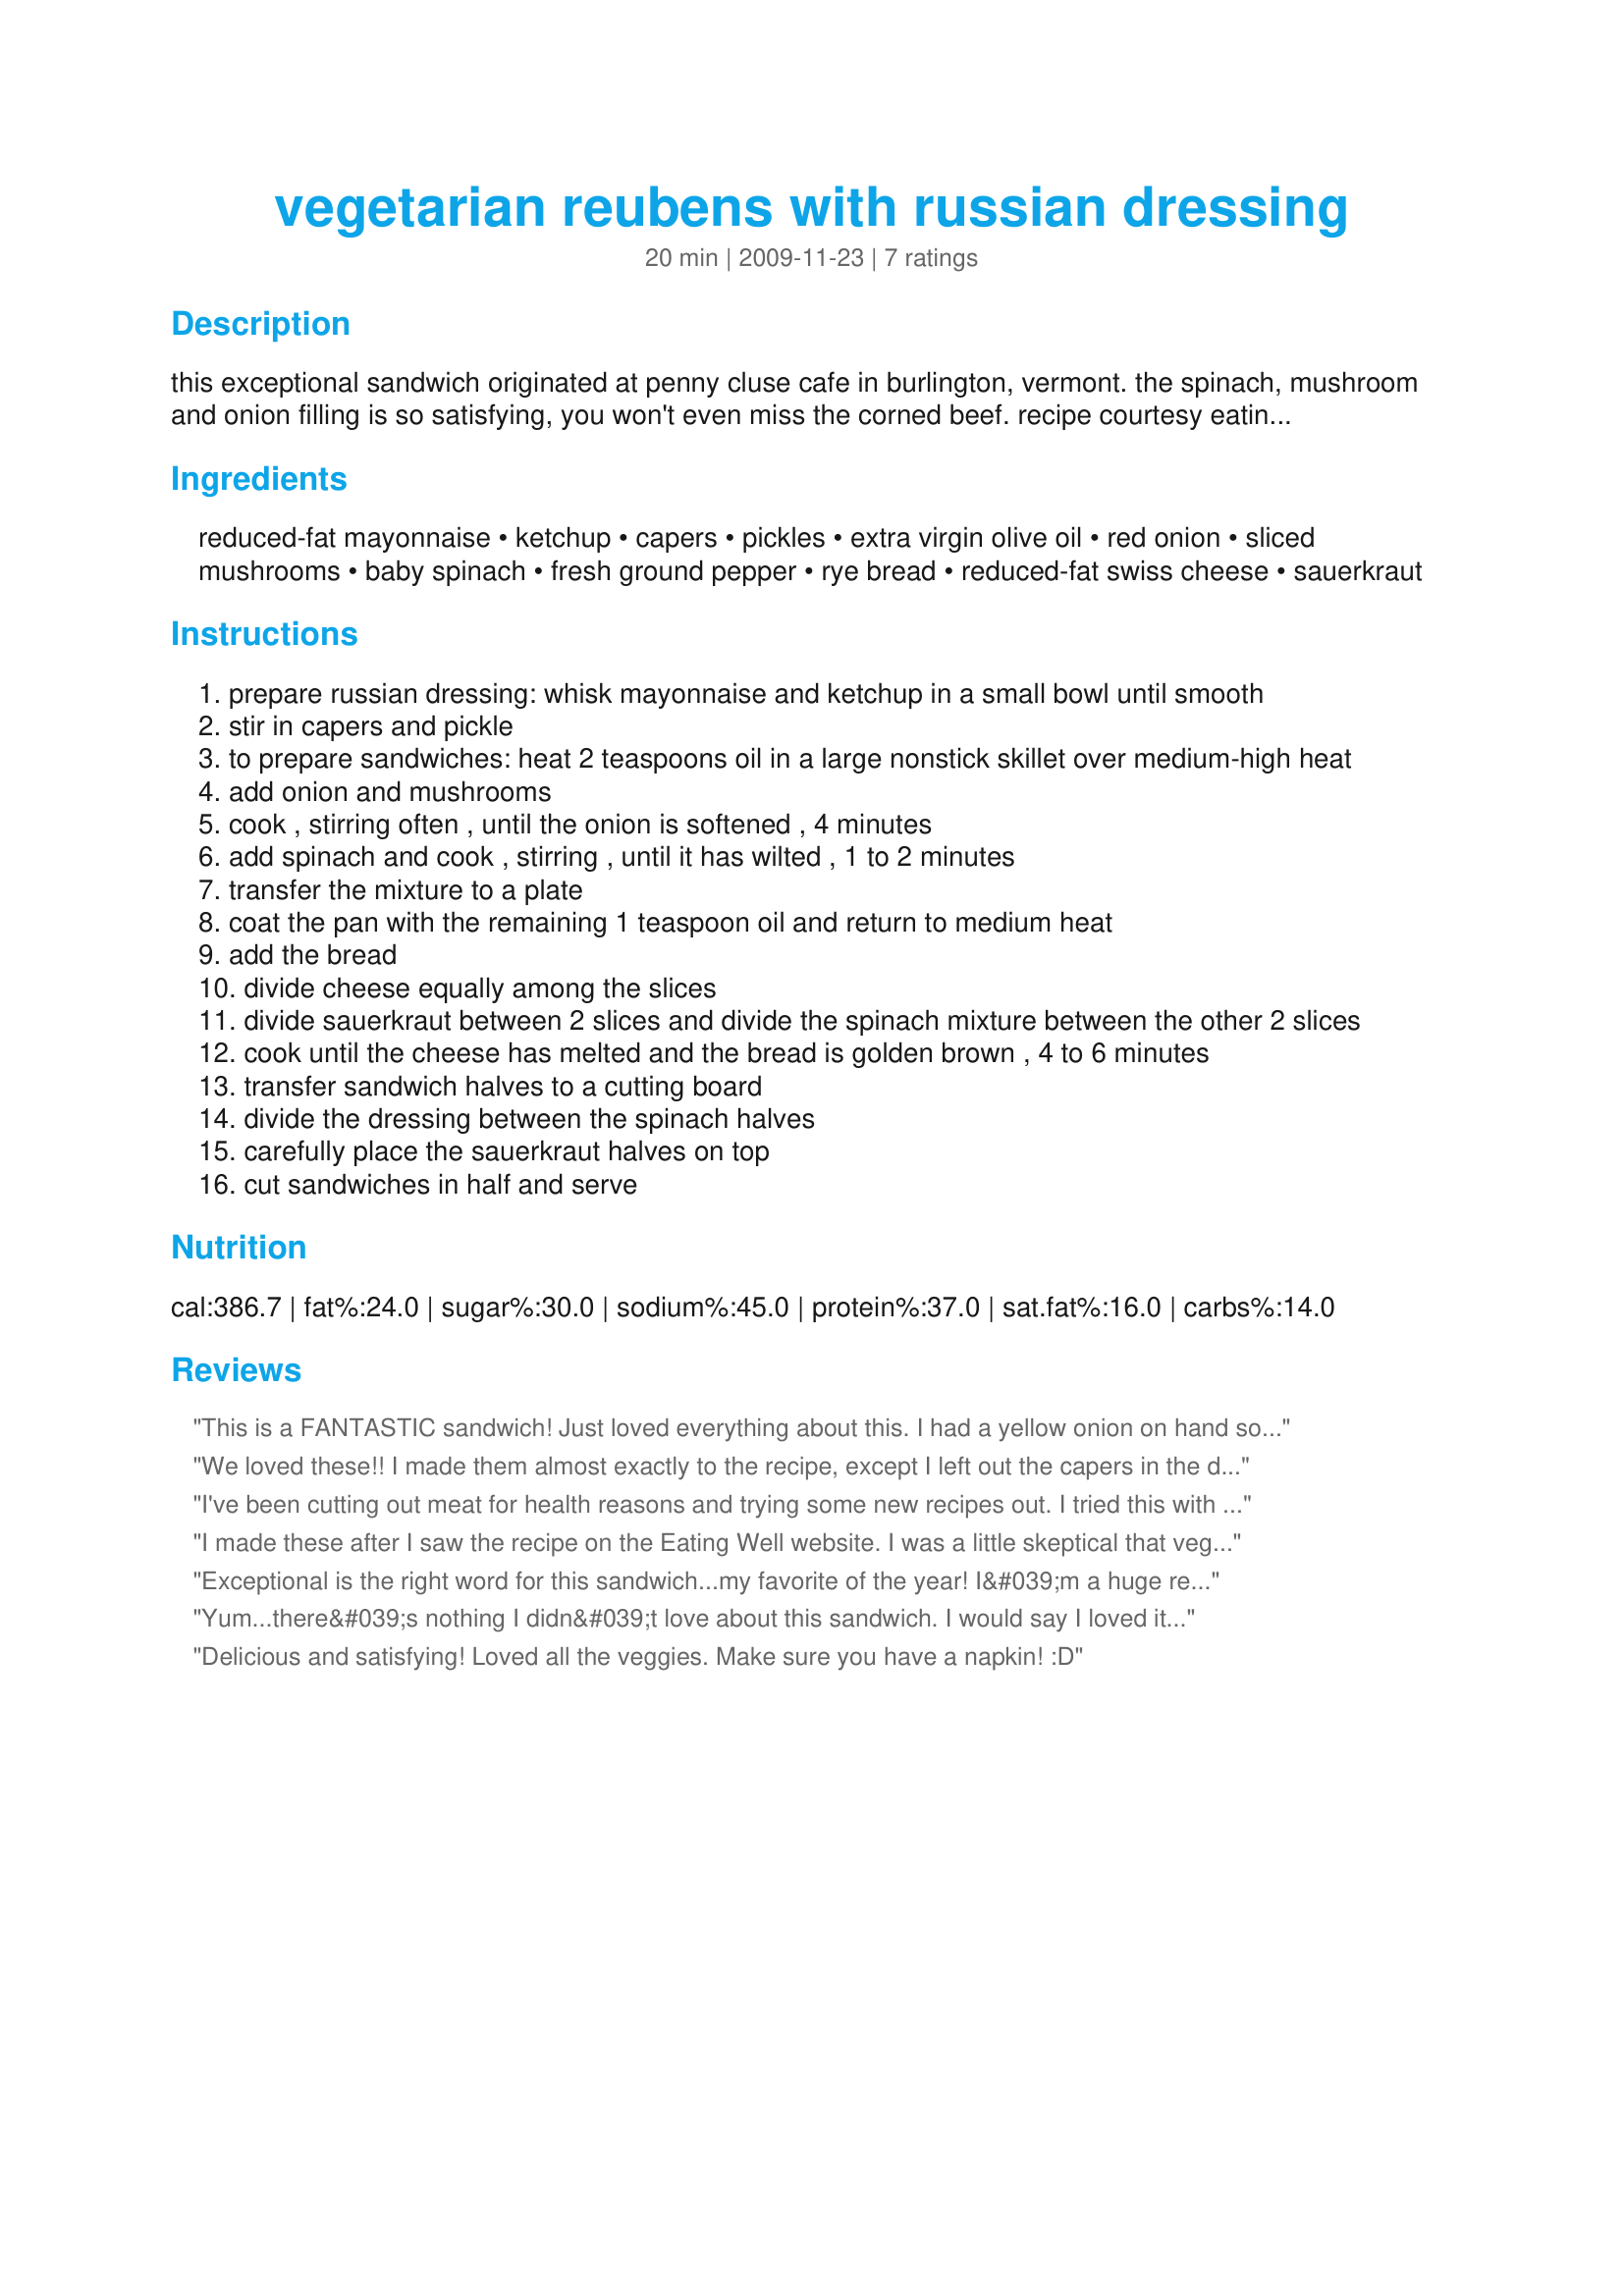
vegetarian reubens with russian dressing
Preparation time: 20 minutes

this exceptional sandwich originated at penny cluse cafe in burlington, vermont. the spinach, mushroom and onion filling is so satisfying, you won't even miss the corned beef. recipe courtesy eatingwell.com

Ingredients:
reduced-fat mayonnaise, ketchup, capers, pickles, extra virgin olive oil, red onion, sliced mushrooms, baby spinach, fresh ground pepper, rye bread, reduced-fat swiss cheese, sauerkraut

Steps:
prepare russian dressing: whisk mayonnaise and ketchup in a small bowl until smooth
stir in capers and pickle
to prepare sandwiches: heat 2 teaspoons oil in a large nonstick skillet over medium-high heat
add onion and mushrooms
cook , stirring often , until the onion is softened , 4 minutes
add spinach and cook , stirring , until it has wilted , 1 to 2 minutes
transfer the mixture to a plate
coat the pan with the remaining 1 teaspoon oil and return to medium heat
add the bread
divide cheese equally among the slices
divide sauerkraut between 2 slices and divide the spinach mixture between the other 2 slices
cook until the cheese has melted and the bread is golden brown , 4 to 6 minutes
transfer sandwich halves to a cutting board
divide the dressing between the spinach halves
carefully place the sauerkraut halves on top
cut sandwiches in half and serve

Reviews:
This is a FANTASTIC sandwich! Just loved everything about this. I had a yellow onion on hand so used that instead of red. I also took a shortcut and just added some chopped capers to my favorite Marie&#039;s 1000island dressing (and loved that addition). Like another reviewer I had enough filling left for a third sandwich. Outstanding - thanks for sharing a keeper! Made for the Best of 2013 event, recommended by FLKeysJen
We loved these!! I made them almost exactly to the recipe, except I left out the capers in the dressing. I also only had sliced swiss cheese, but I put it on the bread and ran it through the microwave briefly to melt it a bit before browning the bread in the pan. These sandwiches were filling and satisfying. I had enough of the vegetable filling left over for another sandwich for lunch. I didn't have any more dressing, so I just put on a squirt of ranch dressing. Not as good as the Russian dressing, but a decent substitute. Thanks for posting!!
I've been cutting out meat for health reasons and trying some new recipes out. I tried this with some baby portobella mushrooms and it's very good. I tucked in a few slices of corned beef for the guys, though. I don't think they realized how many vegetables were in their sandwich. The only bad thing about these is the amount of sodium is higher than I should be eating. But great for a treat once in awhile. Like Anne in Apex, I also left out the capers and used sliced Swiss cheese. They asked me to make them again in the future.
I made these after I saw the recipe on the Eating Well website. I was a little skeptical that vegetarian reubens would be any good, but I was so wrong! I couldn't believe how delicious these were! The first time I made them I had to make up a second batch because my husband and I both wanted seconds! I have made them once or twice since then which is a huge compliment as I don't make very many things twice! Love these. Thanks!
Exceptional is the right word for this sandwich...my favorite of the year! I&#039;m a huge reuben fan but much prefer this to the corned beef version. I used extra capers since I love them, and was surprised how well they went with sauerkraut and spinach. Unless you are using big bread like a sub roll, the filling is enough for three sandwiches.
Yum...there&#039;s nothing I didn&#039;t love about this sandwich. I would say I loved it even more than a traditional rueben, just because I didn&#039;t have to feel guilty for eating it. Tons less fat, calories and sodium. Thank you, thank you for the posting a great recipe that&#039;ll let me enjoy my rueben in peace! lol
Delicious and satisfying! Loved all the veggies. Make sure you have a napkin! :D
